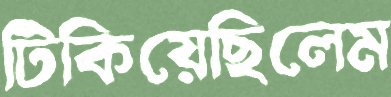
টিকিয়েছিলেম